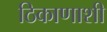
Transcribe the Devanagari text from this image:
ठिकाणाशी